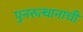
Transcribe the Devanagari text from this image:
पुनरुत्थानाची